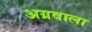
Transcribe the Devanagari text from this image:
अग्रवाला